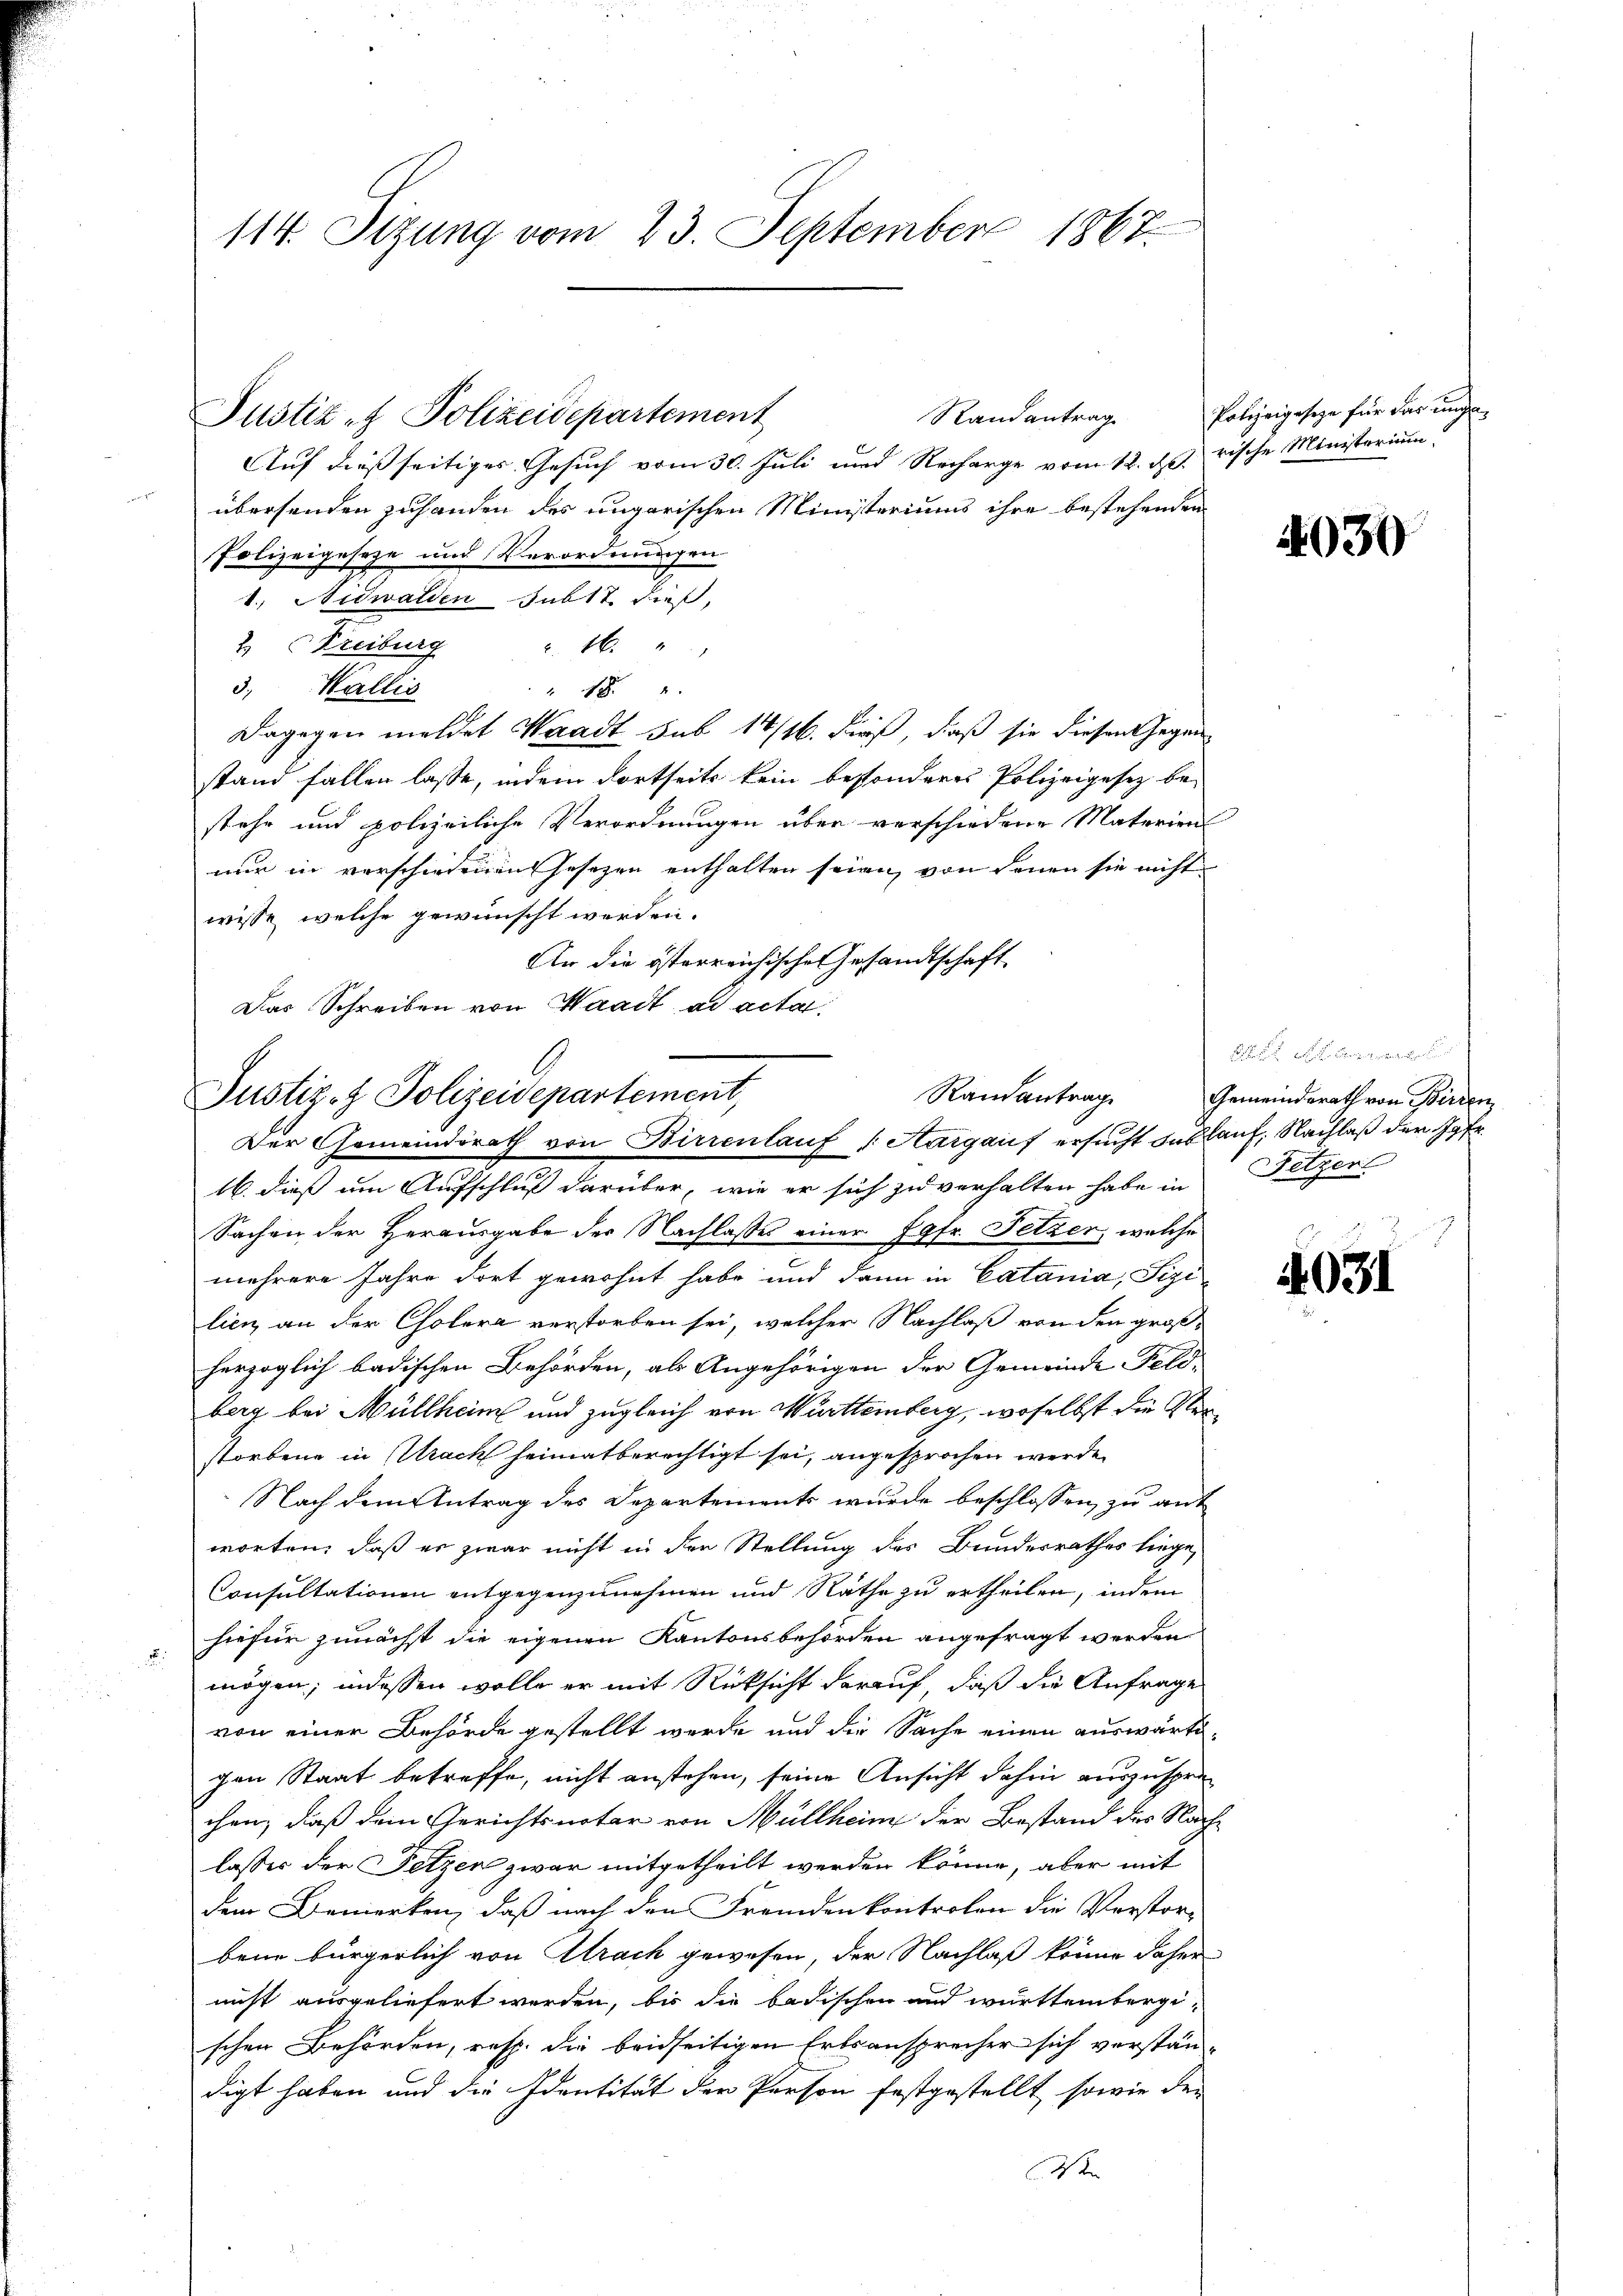
114. Sizung vom 23. September 1867.

Auf dießseitiges Gesuch vom 30. Juli und Recharge vom 12. d. rische Ministerium
übersenden zuhanden des ungarischen Ministeriums ihre bestehenden
Polizeigeseze und Verordnungen
1., Nidwalden sub 17. dieß,
2. Kreiburg u. 16. "
3. Wallis
" 18.
Dagegen meldet Waadt sub 14/16. dieß, daß sie diesen Gegenstand fallen lasse, indem dortseits kein besonderes Polizeigesez be-
stehe und polizeiliche Verordnungen über verschiedene Materien
nur in verschiedenen Jesezen enthalten seien, von denen sie nicht
wisse, welche gewünscht werden.
An die österreichischen Gesandtschaft
Das Schreiben von Waadt ad acta

Justiz- & Polizeidepartement

Randantrag

Randantrag
Justiz- & Polizeidepartement,
Der Gemeindsrath von Birrenlauf Margauf ersucht das lauf, Nachlaß der Jgfr.

Polizeigeseze für dar unge¬

16. dieß um Aufschluß darüber, wie er sich zu verhalten habe in Netzen
Sachen der Herausgabe der Nachlasses einer Jgfr. Fetzer, welche
e
mehrere Jahre dort gewohnt habe und dann in Catania, Tizi
lien an der Cholera verstorben sei, welcher Nachlaß von den großherzoglich badischen Behörden, als Angehörigen der Gemeinde Feld-
berg bei Müllheim und zugleich von Württemberg, woselbst die Verstorbene in Mack heimatberechtigt sei, angesprochen werde.
Nach dem Antrag des Departements wurde beschlossen, zu ant
worten, daß er zwar nicht in den Stellung des Bundesrathes liege,
Consultationen entgegenzunehmen und Rathe zu ertheilen, indem
 hiefür zunächst die eigenen Kantonsbehörden angefragt werden
mögen; indessen wolle er mit Rücksicht darauf, daß die Anfrage
von einer Behörde gestellt werde und die Sache einen auswärtigen Staat betreffe, nicht anstehen, seine Ansicht dahin auszusprechen, daß dem Gerichtsnotar von Müllheim der Bestand der Nachlasses der Setzen zwar mitgetheilt werden könne, aber mit
dem Bemerken, daß nach den Fremden kontrolen die Verstor-
bene bürgerlich von Strach gewesen, der Nachlaß könne daher
nicht ausgeliefert werden, bis die badischen und württembergischen Behörden, resp. die beidseitigen Erbsansprecher sich verständigt haben und die Identität der Person festgestellt, sowie den
den

4030

e
Gemeindsrath von Birren

4031